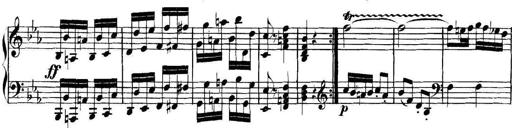
Title: Collected Piano Sonatas
Composer: Muzio Clementi